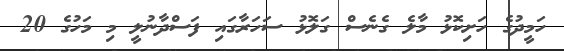
ހަމީދުގެ ހަށިކޮޅު މާލެ ގެނެސް ގަލޮޅު ސަހަރާގައި ފަސްދާނުލީ މި މަހުގެ 20